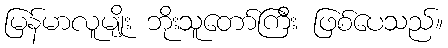
မြန်မာလူမျိုး ဘိုးသူတော်ကြီး ဖြစ်ပေသည်။